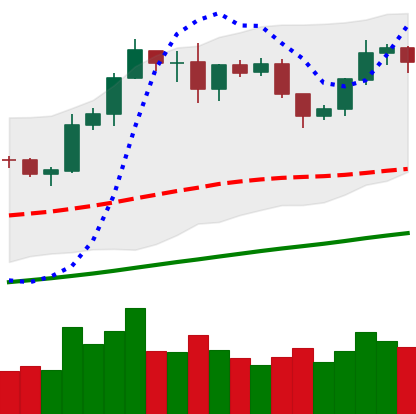
Ticker: LTC-USD
Chart end date: 2019-06-09
Forward return: 15.566%
Label: up_7plus